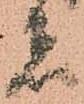
者